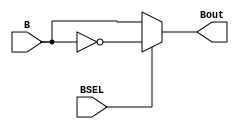
module muxB(BSEL, B, Bout);
  
  // inputs
  input  BSEL;
  input[7:0] B;
  
  // outputs
  output [7:0]Bout;

  // MUX LOGIC:
  //   if   BSEL == 0 => Bout = B
  //   else            => Bout = B'
  assign Bout = (BSEL == 1'b0) ? B : ~B ;

endmodule